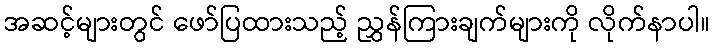
အဆင့်များတွင် ဖော်ပြထားသည့် ညွှန်ကြားချက်များကို လိုက်နာပါ။